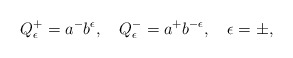
\begin{align*}Q^{+}_{\epsilon}=a^{-}b^{\epsilon},\quad Q^{-}_{\epsilon}=a^{+}b^{-\epsilon},\quad\epsilon=\pm,\end{align*}